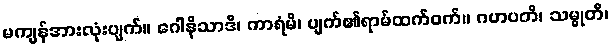
မကျန်အားလုံးပျက်။ ဂေါနိသာဒိ၊ ကာရံမိ၊ ပျက်၏ရာမ်ထက်ဝက်။ ဂဟပတိ၊ သမ္မုတိ၊